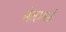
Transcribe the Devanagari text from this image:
बेलामई